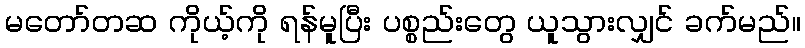
မတော်တဆ ကိုယ့်ကို ရန်မူပြီး ပစ္စည်းတွေ ယူသွားလျှင် ခက်မည်။